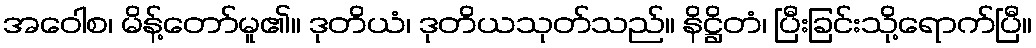
အဝေါစ၊ မိန့်တော်မူ၏။ ဒုတိယံ၊ ဒုတိယသုတ်သည်။ နိဋ္ဌိတံ၊ ပြီးခြင်းသို့ရောက်ပြီ။